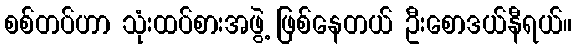
စစ်တပ်ဟာ သုံးထပ်စားအဖွဲ့ ဖြစ်နေတယ် ဦးစောဒယ်နီရယ်။